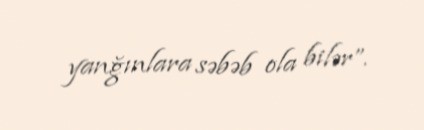
yanğınlara səbəb ola bilər”.